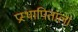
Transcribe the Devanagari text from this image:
प्रस्थापिताला